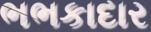
ભભકાદાર